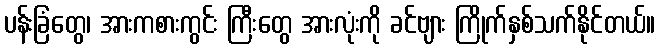
ပန်းခြံတွေ၊ အားကစားကွင်း ကြီးတွေ အားလုံးကို ခင်ဗျား ကြိုက်နှစ်သက်နိုင်တယ်။